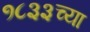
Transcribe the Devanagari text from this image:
१८३३च्या